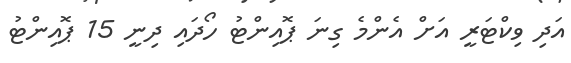
އަދި ވިކްޓަރީ އަށް އެންމެ ގިނަ ޕޮއިންޓު ހޯދައި ދިނީ 15 ޕޮއިންޓު